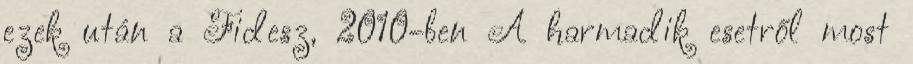
ezek után a Fidesz, 2010-ben A harmadik esetről most